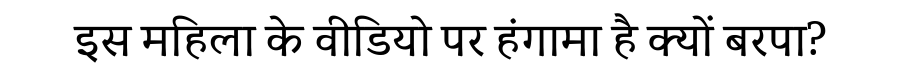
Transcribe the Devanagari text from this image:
इस महिला के वीडियो पर हंगामा है क्यों बरपा?